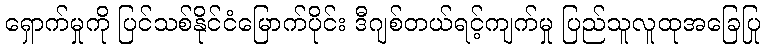
ရှောက်မှုကို ပြင်သစ်နိုင်ငံမြောက်ပိုင်း ဒီဂျစ်တယ်ရင့်ကျက်မှု ပြည်သူလူထုအခြေပြု